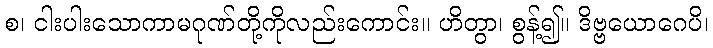
စ၊ ငါးပါးသောကာမဂုဏ်တို့ကိုလည်းကောင်း။ ဟိတွာ၊ စွန့်၍။ ဒိဗ္ဗယောဂေပိ၊